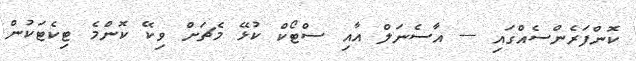
ކޮންފަރެންސެއްގައި --- އާސެނަލް އާއި ސްޓޯކް ކުޅޭ މެޗަށް ވިކޭ ކޮންމެ ޓިކެޓަކުން